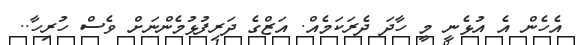
އެހެން އެ އުޅެނީ މީ ހާދަ ދެރަކަމެއް. އަޒްގެ ދަރިފުޅުމެންނަށް ވެސް ހުރިހާ..